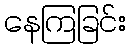
နေကြခြင်း